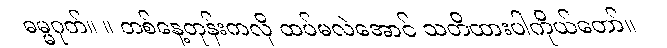
ဓမ္မဂုတ်။ ။ တစ်နေ့တုန်းကလို ထပ်မလဲအောင် သတိထားပါကိုယ်တော်။